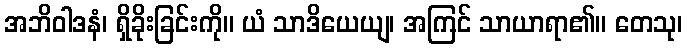
အဘိဝါဒနံ၊ ရှိခိုးခြင်းကို။ ယံ သာဒိယေယျ၊ အကြင် သာယာရာ၏။ တေသု၊